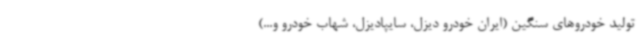
تولید خودروهای سنگین (ایران خودرو دیزل، سایپادیزل، شهاب خودرو و...)